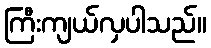
ကြီးကျယ်လှပါသည်။